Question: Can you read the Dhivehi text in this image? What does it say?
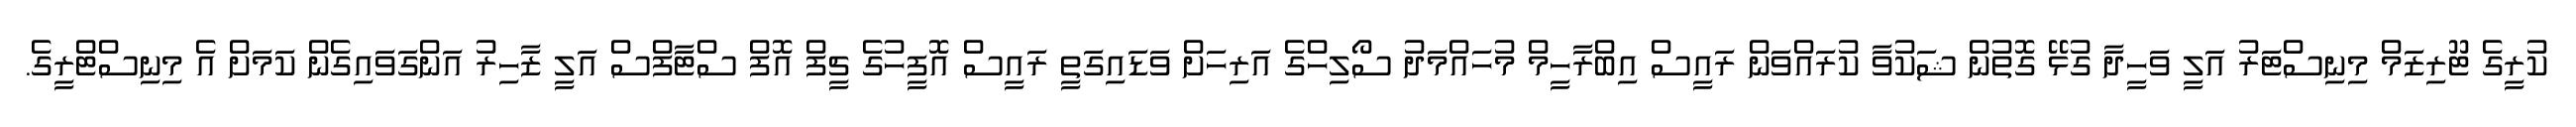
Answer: ކުރީގެ ޓޫރިޒަމް މިނިސްޓަރު އަލީ ވަހީދާ ގުޅޭ ގޮތުން ޝަކުވާ ކުރައްވަން ރައީސް އިބްރާހީމް މުހައްމަދު ސޯލިހްގެ އަރިހަށް ވަޑައިގަތީ ރައީސް އޮފީހުގެ ޗީފް އޮފް ސްޓާފްސް އަލީ ޒާހިރު އަންގަވައިގެން ކަމަށް އެ މިނިސްޓްރީގެ.